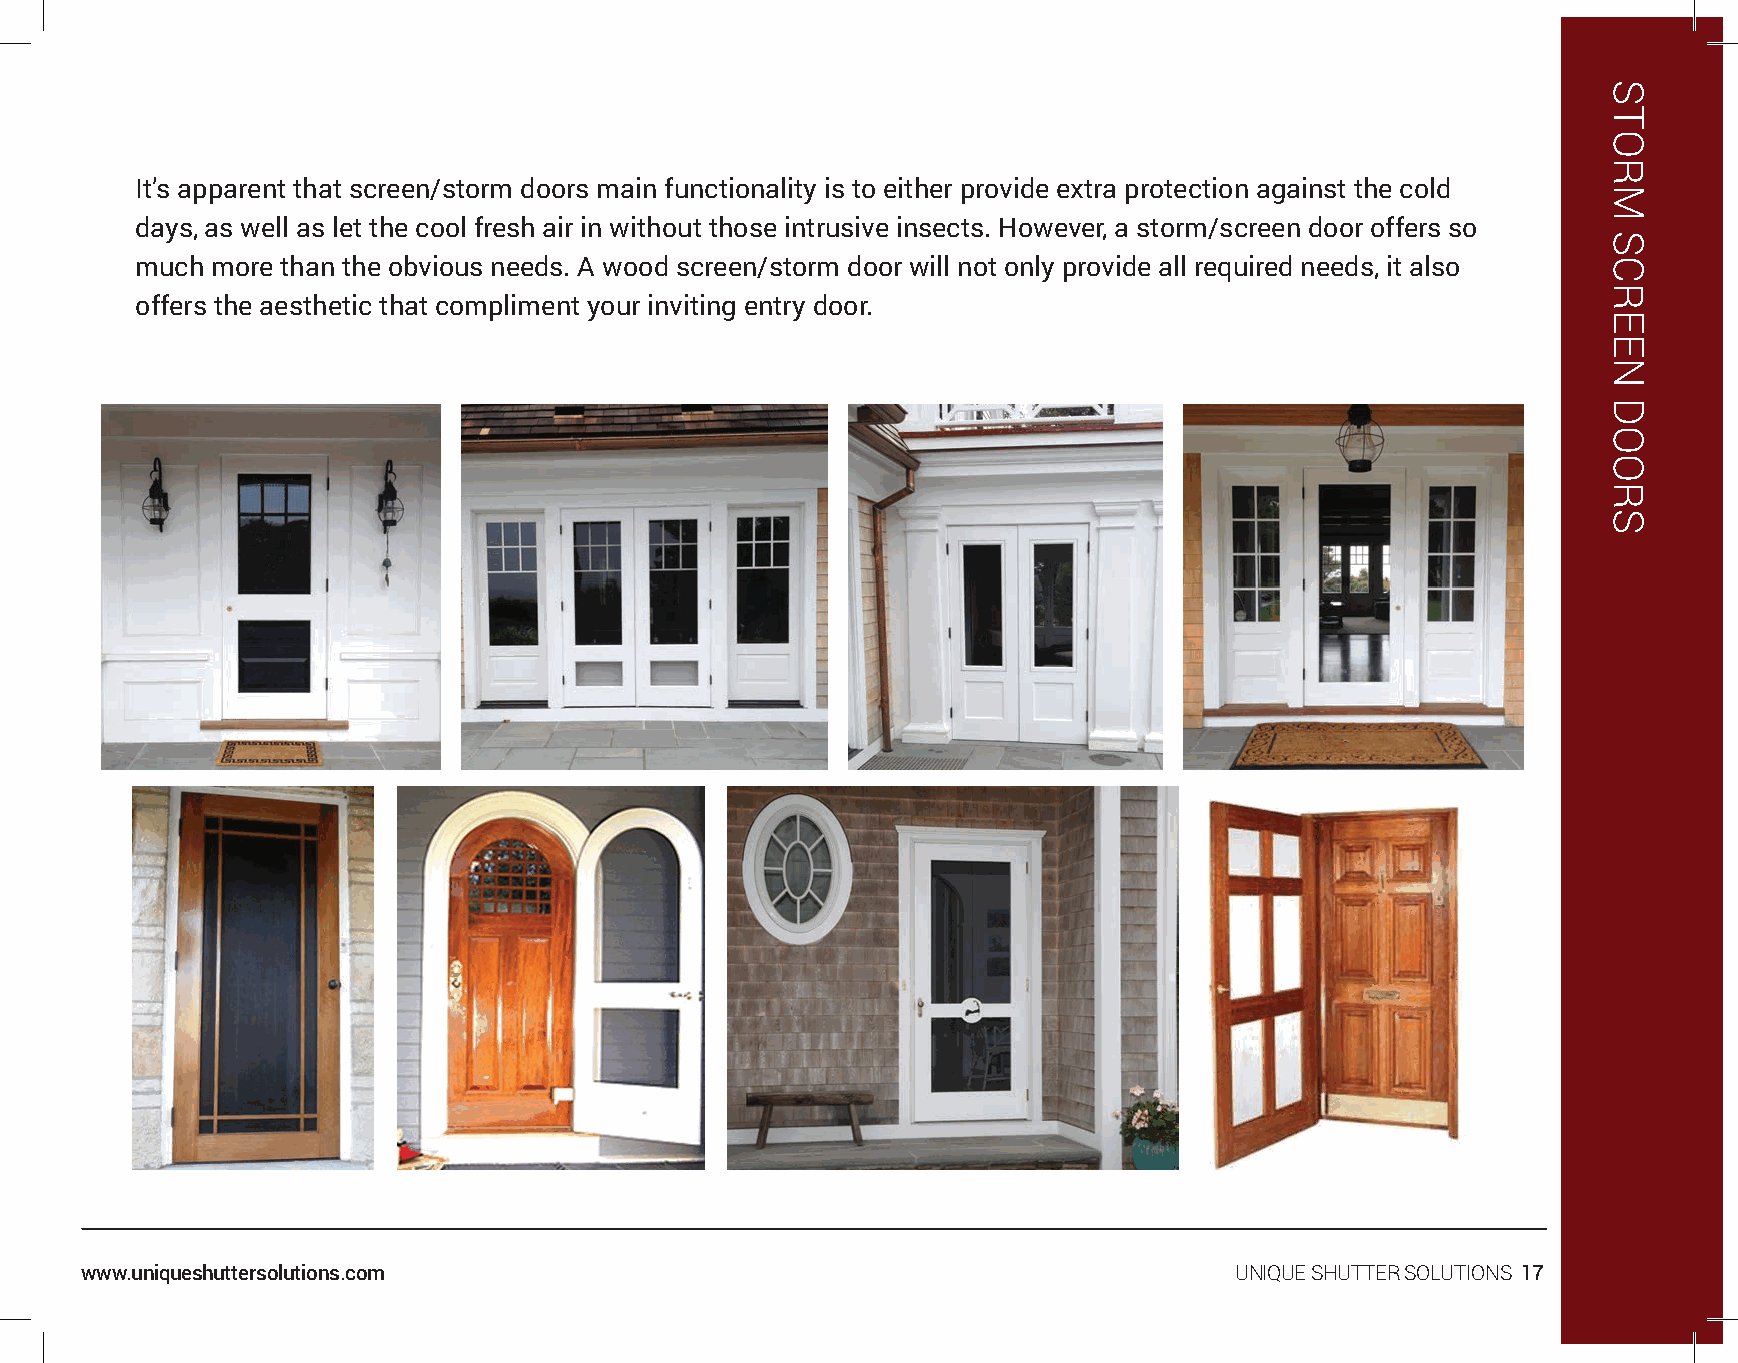
It’s apparent that screen/storm doors main functionality is to either provide extra protection against the cold
 days, as well as let the cool fresh air in without those intrusive insects. However, a storm/screen door offers so
 much more than the obvious needs. A wood screen/storm door will not only provide all required needs, it also
 offers the aesthetic that compliment your inviting entry door.
 www.uniqueshuttersolutions.com                                               UNIQUE SHUTTER SOLUTIONS 17
 STORM
 SCREEN
 DOORS